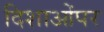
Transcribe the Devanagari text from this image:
दिशाओंपर